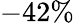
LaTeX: -42\%